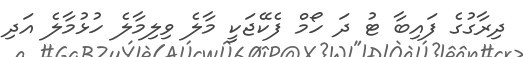
ދިރާގުގެ ފައިބާ ޓު ދަ ހޯމް ފެކޭޖަކީ މާލެ ވިލިމާލެ ހުޅުމާލެ އަދި